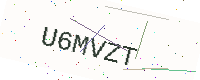
Text: U6MVZT